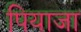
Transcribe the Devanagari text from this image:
पियाजा